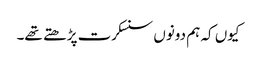
کیوں کہ ہم دونوں سنسکرت پڑھتے تھے۔